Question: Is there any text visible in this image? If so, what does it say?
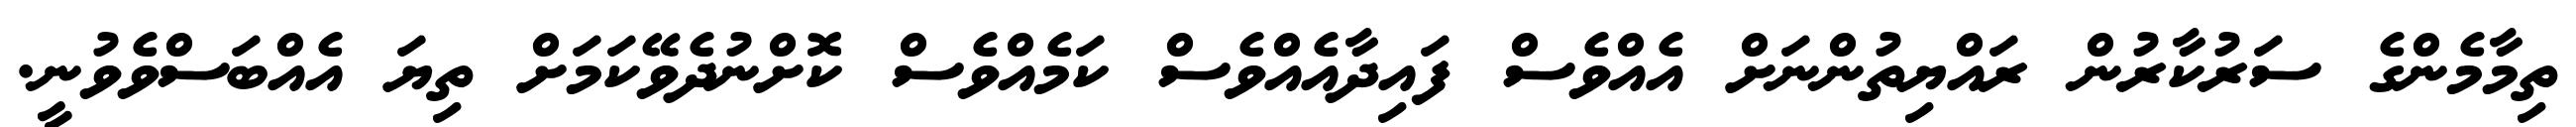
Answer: ތިމާމެންގެ ސަރުކާރުން ރައްޔިތުންނަށް އެއްވެސް ފައިދާއެއްވެސް ކަމެއްވެސް ކޮށްނުދެވޭކަމަށް ތިޔަ އެއްބަސްވެވުނީ.